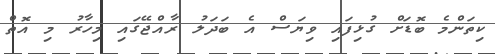
ކިތަންމެ ބޮޑަށް ގުޅިފައި ވިޔަސް އެ ބަދަލު ރާއްޖޭގައި މިހާރު މި އޮތް